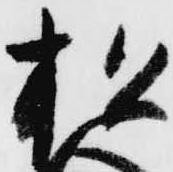
松